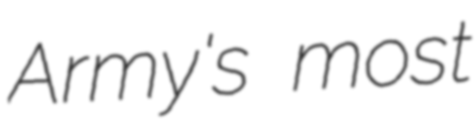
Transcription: Army's most